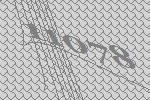
11078